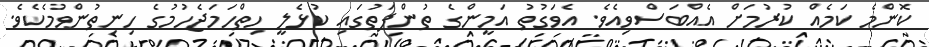
ކޮންމެ ކަމެއް ކުރުމަށް އެއްބަސްވިއެވެ. އެވަގުތު އަމީންގެ ތުންފަތުގައި ކުޅެލީ ހިތްހަމަޖެހުމުގެ ހިނިތުންވުމެކެވެ.